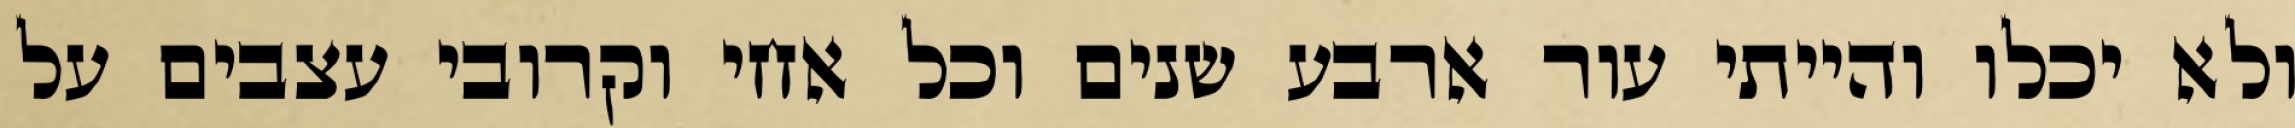
ולא יכלו והייתי עור ארבע שנים וכל אחי וקרובי עצבים על